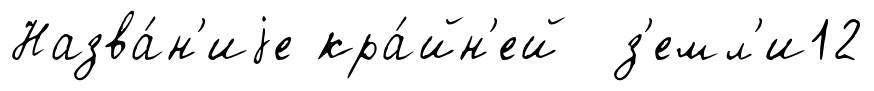
Назва́н'иjе кра́йн'ей з'емл'и12